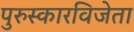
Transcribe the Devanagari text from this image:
पुरुस्कारविजेता